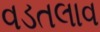
વડતલાવ